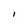
Character: l